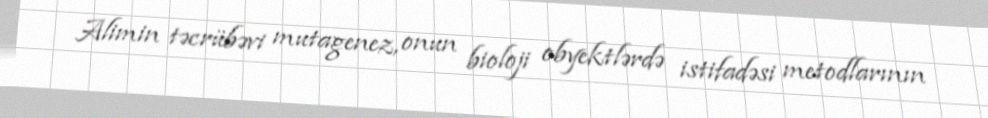
Alimin təcrübəvi mutagenez, onun bioloji obyektlərdə istifadəsi metodlarının